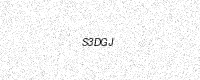
Text: S3DGJ